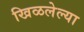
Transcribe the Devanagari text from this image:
खिळलेल्या